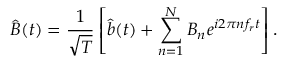
\hat { B } ( t ) = \frac { 1 } { \sqrt T } \left[ \hat { b } ( t ) + \sum _ { n = 1 } ^ { N } B _ { n } e ^ { i 2 \pi n f _ { r } t } \right] .